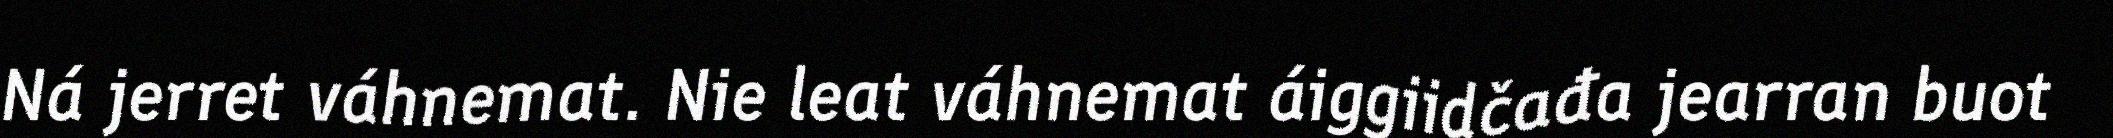
Ná jerret váhnemat. Nie leat váhnemat áiggiidčađa jearran buot